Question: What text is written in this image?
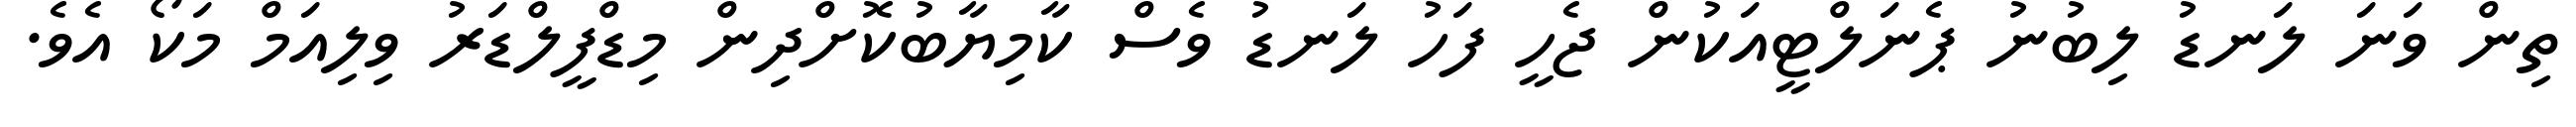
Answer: ތިން ވަނަ ލަނޑު ލިބުނު ޕެނަލްޓީއަކުން ޖެހީ ފަހު ލަނޑު ވެސް ކާމިޔާބުކޮށްދިން މިޑްފީލްޑަރު ވިލިއަމް މަކޯ އެވެ.